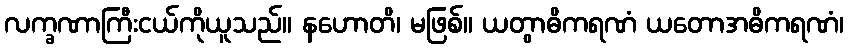
လက္ခဏာကြီးငယ်ကိုယူသည်။ နဟောတိ၊ မဖြစ်။ ယတွာဓိကရဏံ ယတောအဓိကရဏံ၊